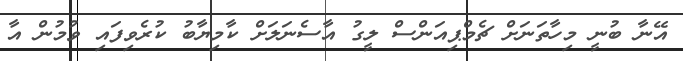
އޭނާ ބުނީ މިހާތަނަށް ޗެމްޕިއަންސް ލީގު އާސެނަލަށް ކާމިޔާބު ކުރެވިފައި ވުމުން އާ